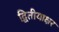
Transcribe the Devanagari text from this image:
द्वितीयाक्षर